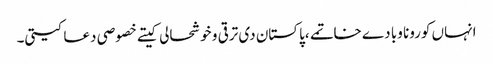
انہاں کورونا وبا دے خاتمے ،پاکستان دی ترقی و خوشحالی کیتے خصوصی دعا کیتی۔